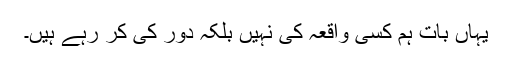
یہاں بات ہم کسی واقعہ کی نہیں بلکہ دَور کی کر رہے ہیں۔